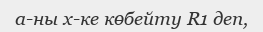
а-ны x-ке көбейту R1 деп,